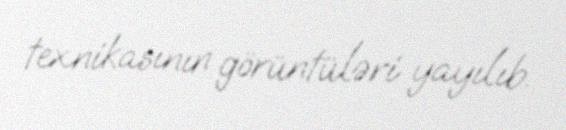
texnikasının görüntüləri yayılıb.